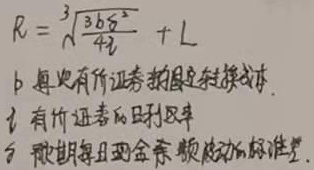
\(R = \sqrt[3]{\frac{3b\delta^{2}}{4i}}+L\)

\(b\)为每次有价证券的固定转换成本；\(i\)为有价证券的日利息率；\(\delta\)为预期每日现金余额波动的标准差